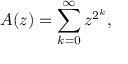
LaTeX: A ( z ) = \sum _ { k = 0 } ^ { \infty } z ^ { 2 ^ { k } } ,